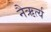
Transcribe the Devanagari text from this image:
नैऋर्त्य